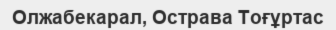
Олжабекарал, Острава Тоғұртас